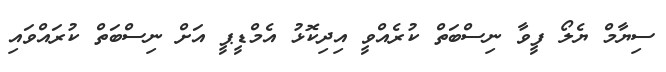
ސިޔާމް ޔެލޯ ފީވާ ނިސްބަތް ކުރެއްވީ އިދިކޮޅު އެމްޑީޕީ އަށް ނިސްބަތް ކުރައްވައި